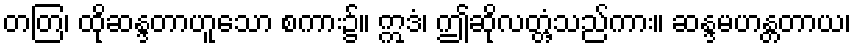
တတြ၊ ထိုဆန္ဒတာဟူသော စကား၌။ ဣဒံ၊ ဤဆိုလတ္တံ့သည်ကား။ ဆန္ဒမဟန္တတာယ၊